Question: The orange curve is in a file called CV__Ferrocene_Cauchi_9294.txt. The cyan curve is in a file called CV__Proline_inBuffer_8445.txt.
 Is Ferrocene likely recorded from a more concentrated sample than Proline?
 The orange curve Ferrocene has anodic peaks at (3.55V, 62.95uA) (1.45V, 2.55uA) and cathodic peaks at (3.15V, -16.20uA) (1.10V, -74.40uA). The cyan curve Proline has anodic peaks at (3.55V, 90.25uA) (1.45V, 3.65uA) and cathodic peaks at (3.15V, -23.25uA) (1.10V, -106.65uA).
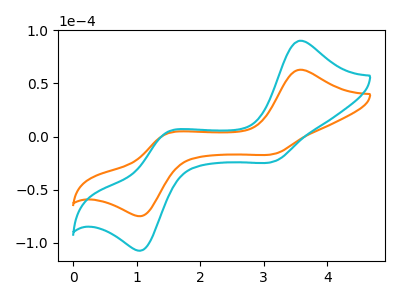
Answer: <think>All the peaks in "Ferrocene" have a peak in "Proline" at the same potential. Every peak in "Ferrocene" is lower than every peak in "Proline".
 </think>
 <answer>"Ferrocene" has less signal than "Proline".</answer>
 <eval>less_signal</eval>